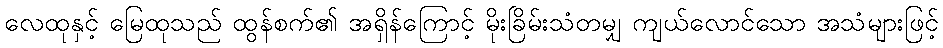
လေထုနှင့် မြေထုသည် ထွန်စက်၏ အရှိန်ကြောင့် မိုးခြိမ်းသံတမျှ ကျယ်လောင်သော အသံများဖြင့်